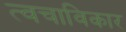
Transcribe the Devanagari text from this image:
त्वचाविकार